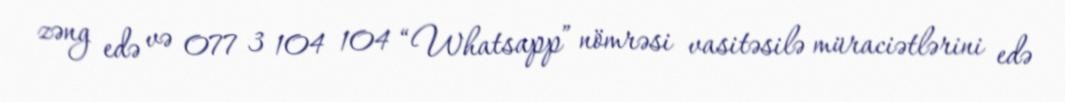
zəng edə və 077 3 104 104 “Whatsapp” nömrəsi vasitəsilə müraciətlərini edə